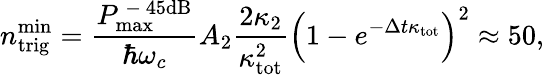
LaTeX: n_{\mathrm{trig}}^{\mathrm{min}}=\frac{P_{\mathrm{max}}^{\mathrm{~-~}45\mathrm{dB}}}{\hbar\omega_{c}}A_{2}\frac{2\kappa_{2}}{\kappa_{\mathrm{tot}}^{2}}\left(1-e^{-\Delta t\kappa_{\mathrm{tot}}}\right)^{2}\approx 50,